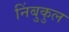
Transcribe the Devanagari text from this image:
निंबुकुल